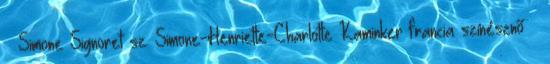
– Simone Signoret sz. Simone-Henriette-Charlotte Kaminker francia színésznő †